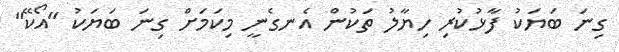
ގިނަ ބަޔަކު ފާޅުކުރި ހިޔާލު ތަކުން އެނގެނީ މިކަމަށް ގިނަ ބަޔަކު "އޯކޭ"